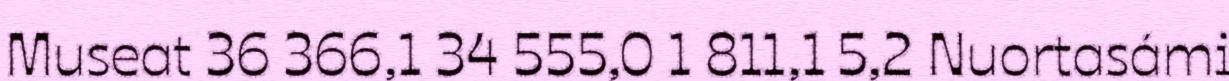
Museat 36 366,1 34 555,0 1 811,1 5,2 Nuortasámi